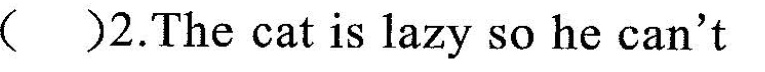
（）2.The cat is lazy so he can't